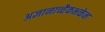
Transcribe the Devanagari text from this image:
अज्ञानाच्चैकभक्तेन